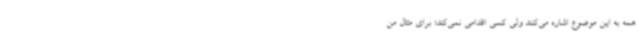
همه به این موضوع اشاره می‌کنند ولی کسی اقدامی نمی‌کند؛ برای مثال من